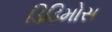
ડિડિમોસ